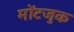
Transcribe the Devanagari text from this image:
मोंटजुक